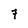
Character: 7